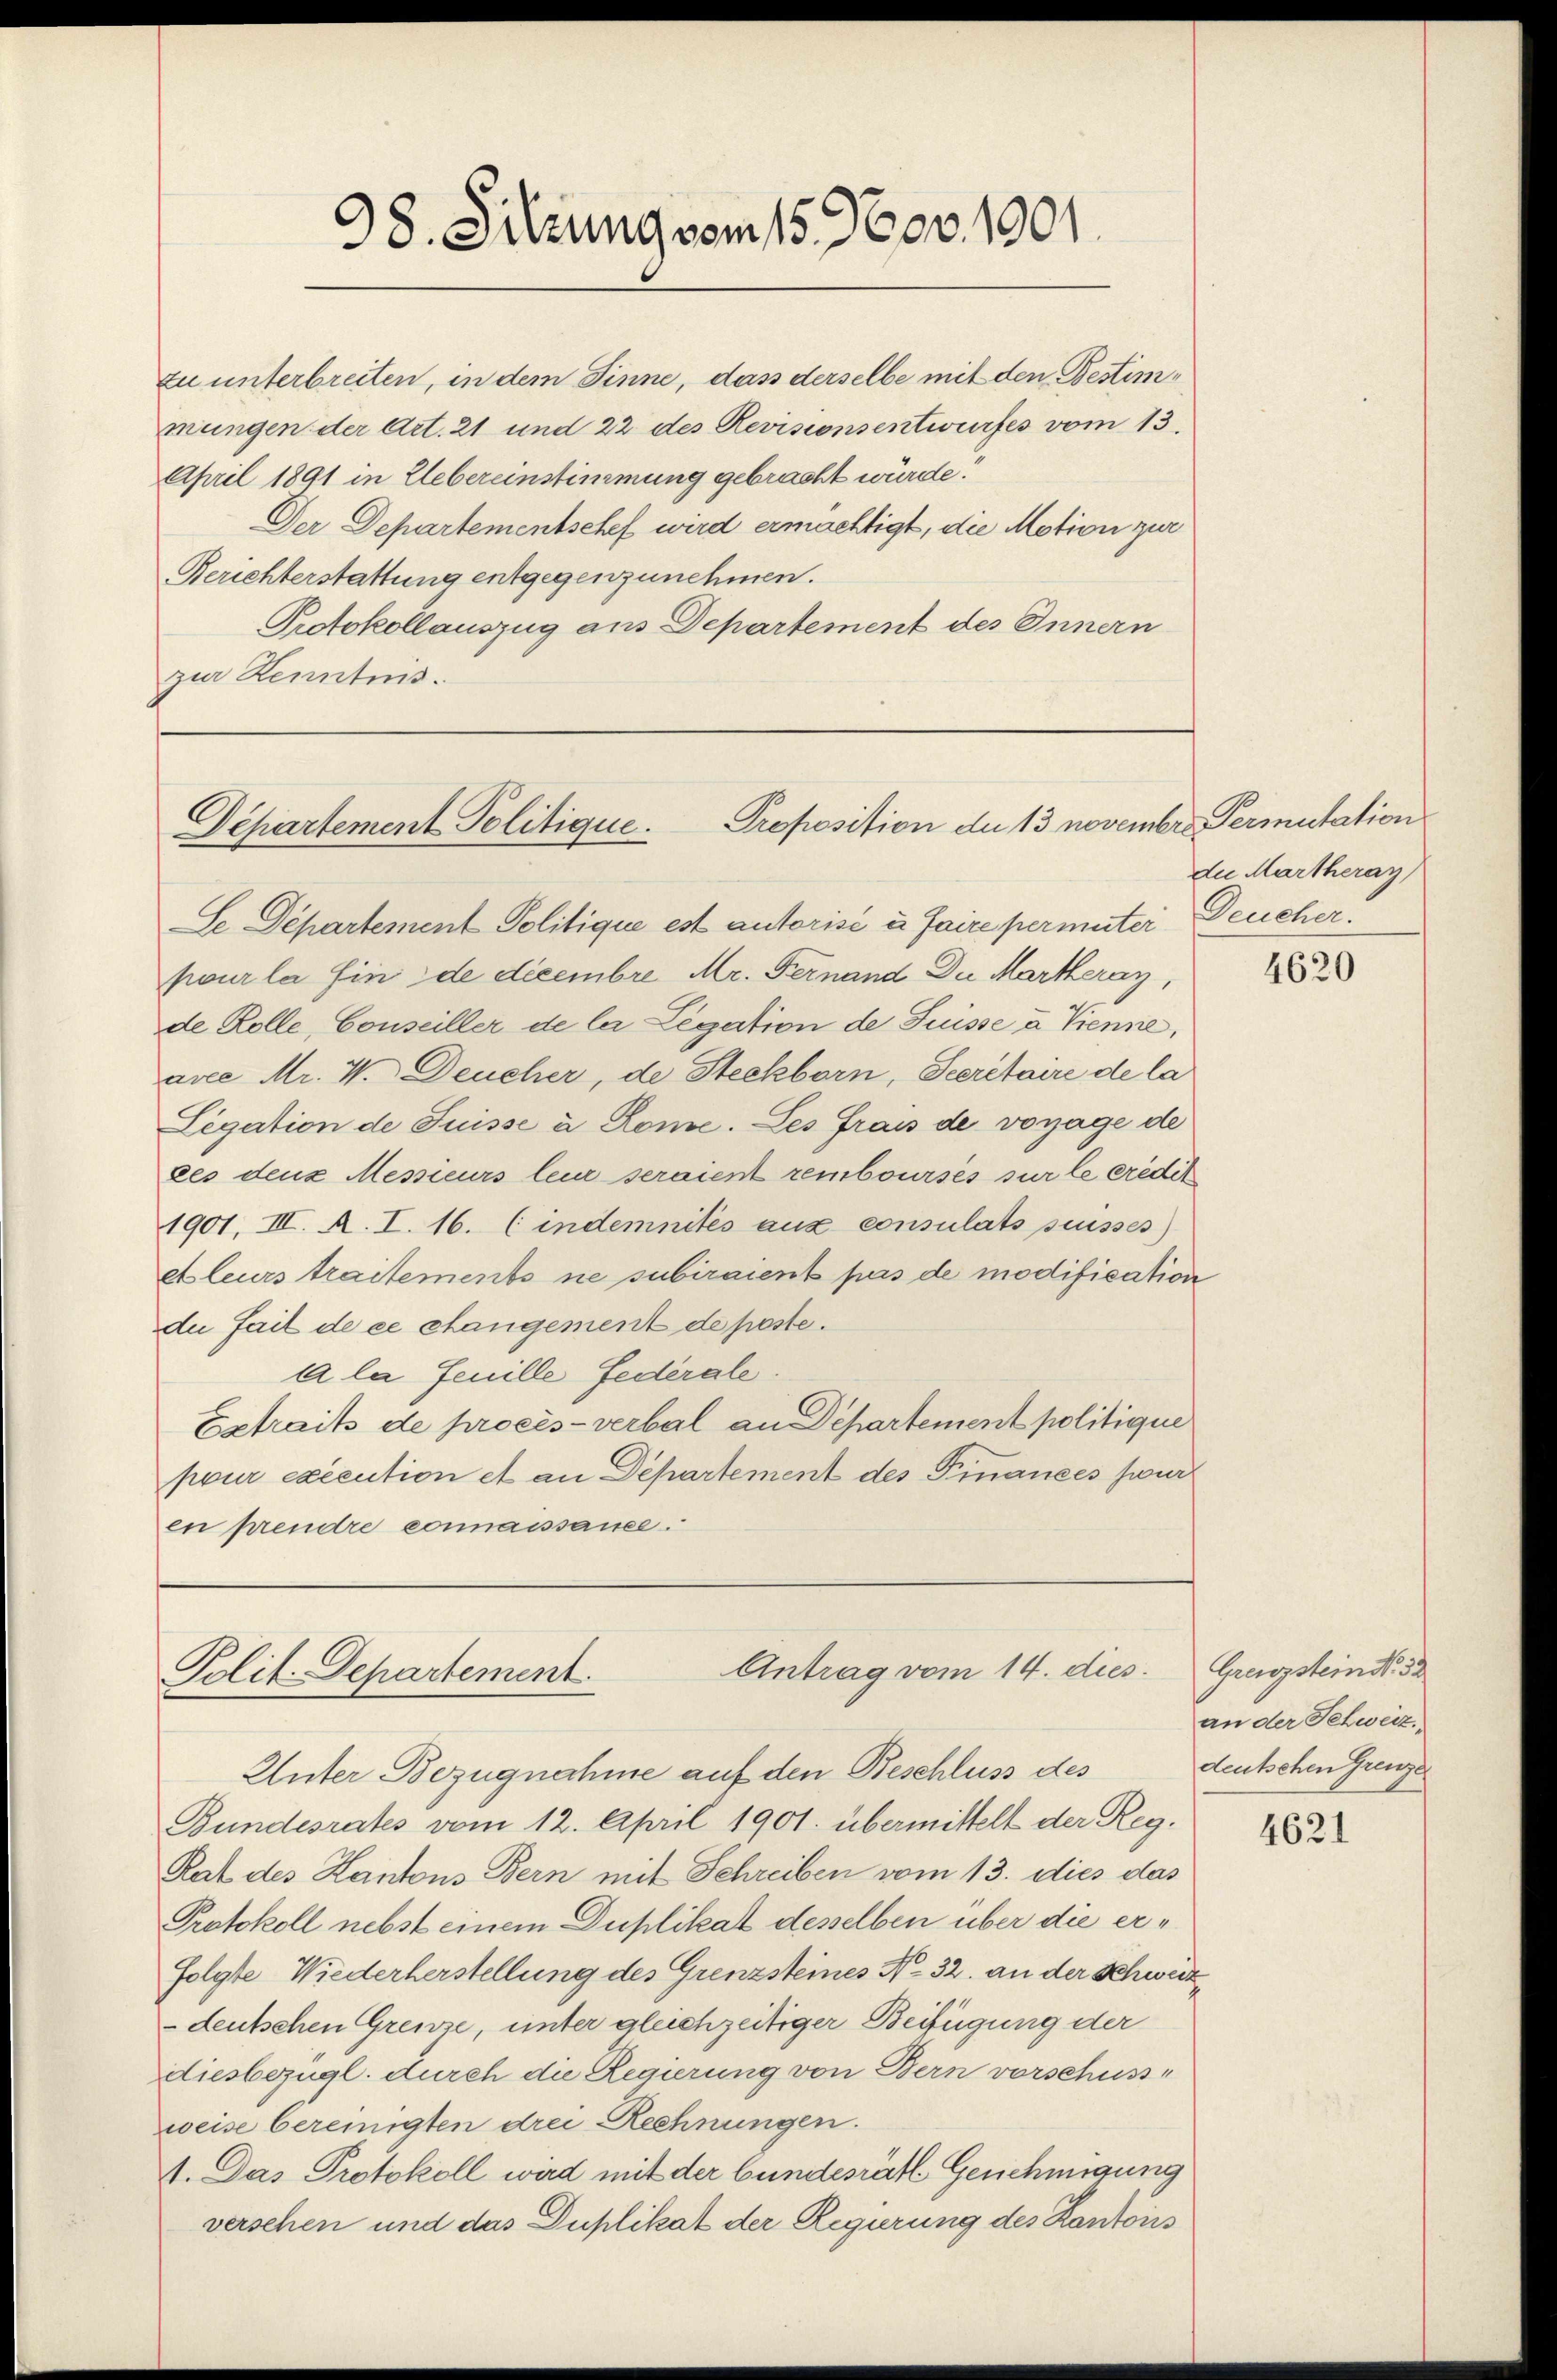
98. Sitzung vom 15. Nov. 1901.

Proposition de 13 november Permutation
Departement Politique.

zu unterbreiten, in dem Sinne, dass derselbe mit den Bestimmungen der Art. 21 und 22 des Revisionsentwurfes vom 13.
April 1891 in Uebereinstimmung gebracht würde.
Der Departementschef wird ermächtigt, die Motion zur
Berichterstattung entgegenzunehmen.
Protokollauszug aus Departement des Innern
zur Kenntnis.

Antrag vom 14. dies
Polit. Separtement

Se Departement Politique est autorisé à faire permuter Deucher.
pour la finde decembre Mr. Fernand Du Markeray,
de Rolle, Conseiller de la Legation de Puisse u Trenne,
ave Mr. V. Deucher, de Steckborn, Secretaire de la
Legation de Suisse à Rome. Les frais de vorage de
kes denz Messieurs leur seraient remboursées sur le credit
1901, III. A. I. 16. (indemnités aux consulats suisses)
etleurs traitements ne subiraient pas de modification
du fait de ce cangement de poste.
A la feuille Federale.
Extrait de procès-verbal an Departement politique
pour exécution et an Departement des Finanzes wur
en prendre connaissance.

Unter Bezugnahme auf den Beschluss des
Bundesrates vom 12. April 1901. übermittelt der Reg.
Rat des Hantons Bern mit Schreiben vom 13. dies das
Protokoll nebst einem Duplikat desselben über die erfolgte Wiederherstellung des Grenzsteines N. 32. an der Schweiz
deutschen Grenze, unter gleichzeitiger Beifügung der
diesbezügl. durch die Regierung von Bern vorschüss
weise bereinigten drei Rechnungen.
1. Das Protokoll wird mit der bundesräth Genehmigung
verschen und das Duplikat der Regierung des Kantons

de Martheray

4620

Grenzstein No. 53
an der Schweiz.
deutschen Grenze

4621